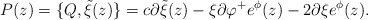
\begin{align*}P(z)=\{ Q,{\tilde \xi} (z)\}=c\partial {\tilde \xi}(z)-\xi\partial\varphi ^+e^{\phi}(z)-2\partial \xi e^{\phi}(z).\end{align*}